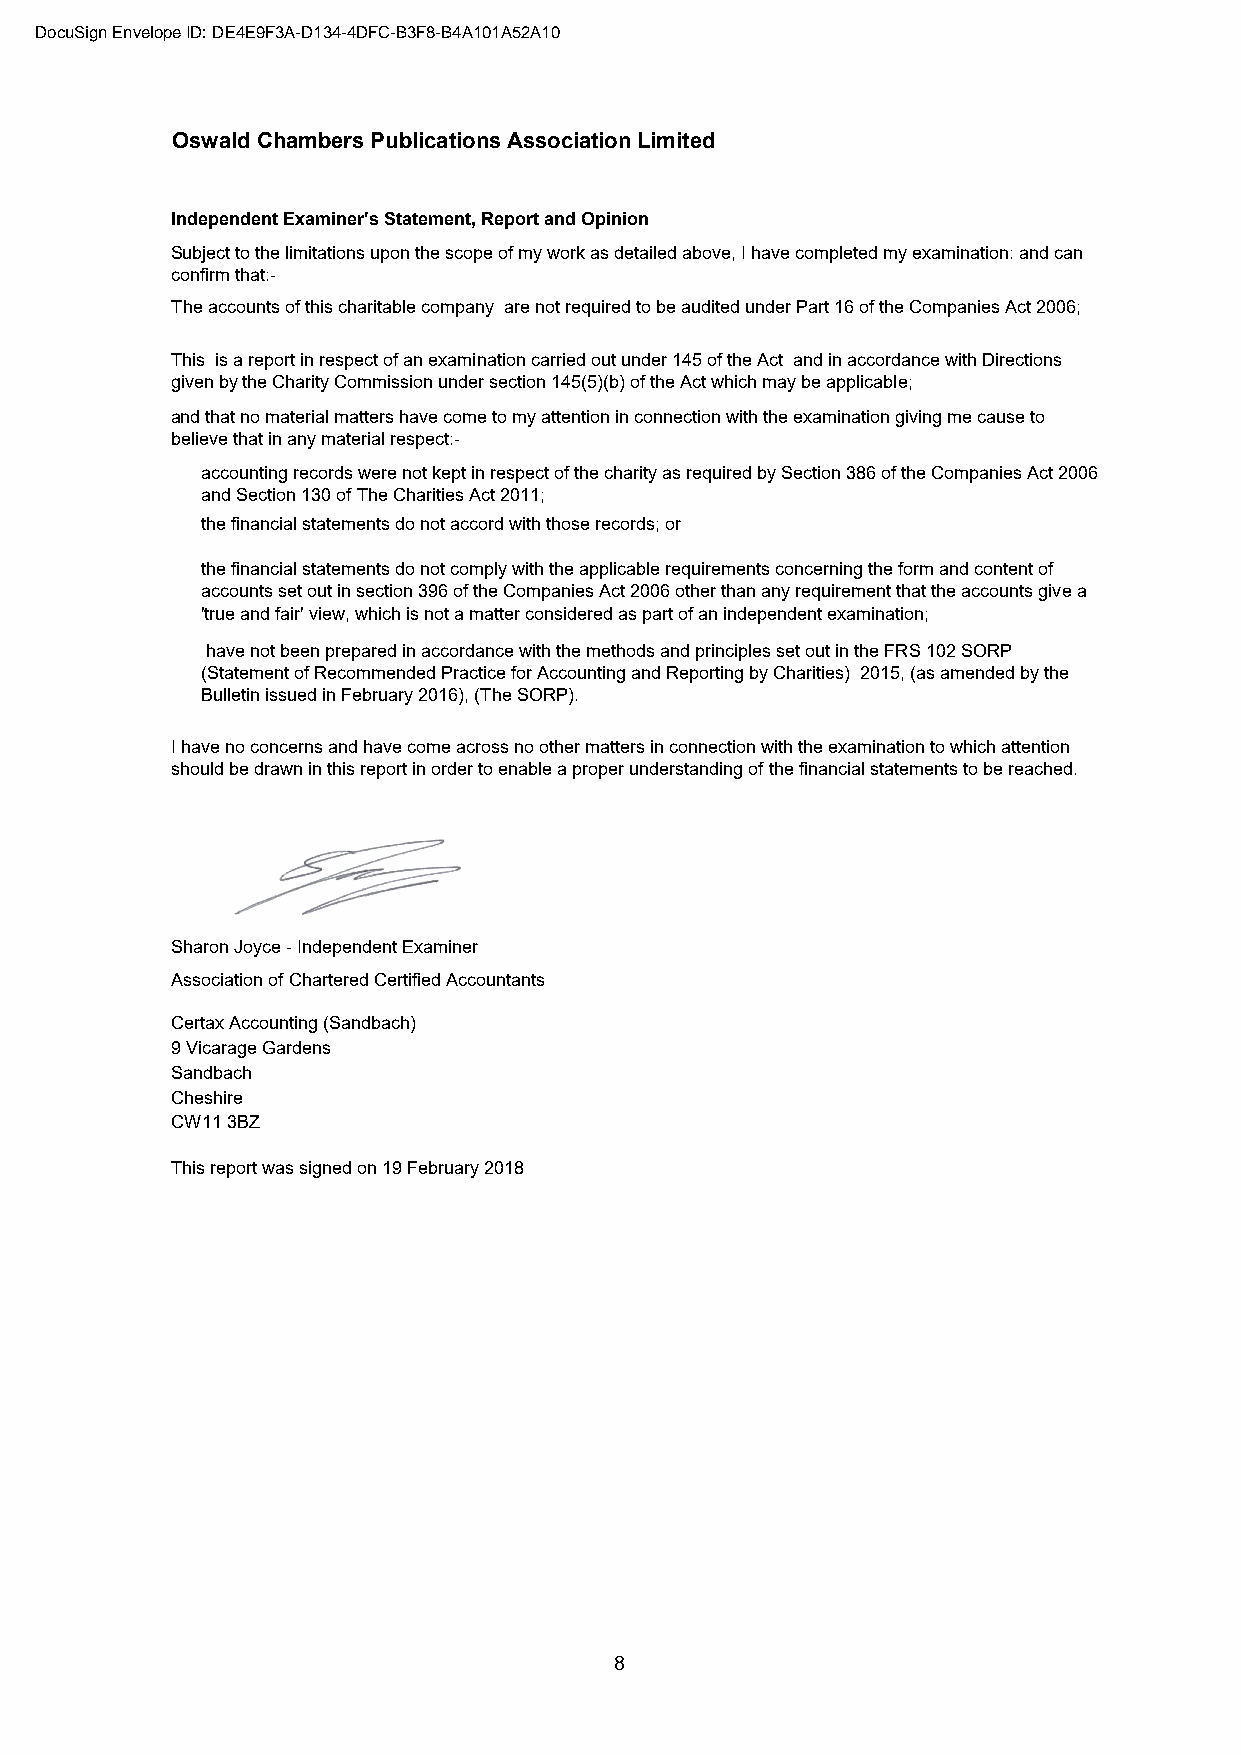
DocuSign Envelope ID: DE4E9F3A-D134-4DFC-B3F8-B4A101A52A10
 Oswald Chambers Publications Association Limited
 Independent Examiner's Statement, Report and Opinion
 Subject to the limitations upon the scope of my work as detailed above, I have completed my examination: and can
 confirm that:-
 The accounts of this charitable company are not required to be audited under Part 16 of the Companies Act 2006;
 This is a report in respect of an examination carried out under 145 of the Act and in accordance with Directions
 given by the Charity Commission under section 145(5)(b) of the Act which may be applicable;
 and that no material matters have come to my attention in connection with the examination giving me cause to
 believe that in any material respect:-
 accounting records were not kept in respect of the charity as required by Section 386 of the Companies Act 2006
 and Section 130 of The Charities Act 2011;
 the financial statements do not accord with those records; or
 the financial statements do not comply with the applicable requirements concerning the form and content of
 accounts set out in section 396 of the Companies Act 2006 other than any requirement that the accounts give a
 'true and fair' view, which is not a matter considered as part of an independent examination;
 have not been prepared in accordance with the methods and principles set out in the FRS 102 SORP
 (Statement of Recommended Practice for Accounting and Reporting by Charities) 2015, (as amended by the
 Bulletin issued in February 2016), (The SORP).
 I have no concerns and have come across no other matters in connection with the examination to which attention
 should be drawn in this report in order to enable a proper understanding of the financial statements to be reached.
 Sharon Joyce - Independent Examiner
 Association of Chartered Certified Accountants
 Certax Accounting (Sandbach)
 9 Vicarage Gardens
 Sandbach
 Cheshire
 CW11 3BZ
 This report was signed on 19 February 2018
 8